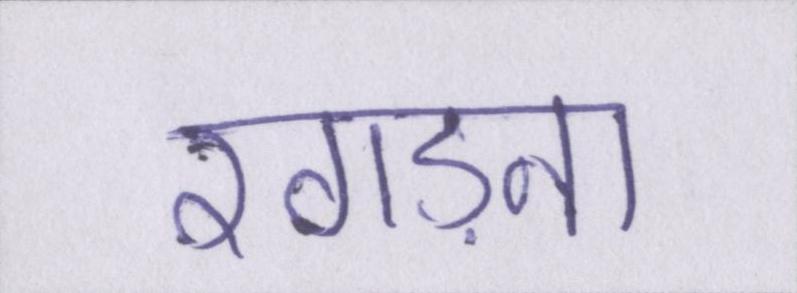
रगड़ना